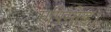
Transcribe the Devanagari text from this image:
एपिसोड।